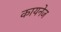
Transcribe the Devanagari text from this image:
कायनेज